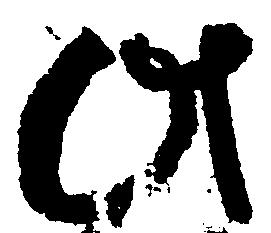
此